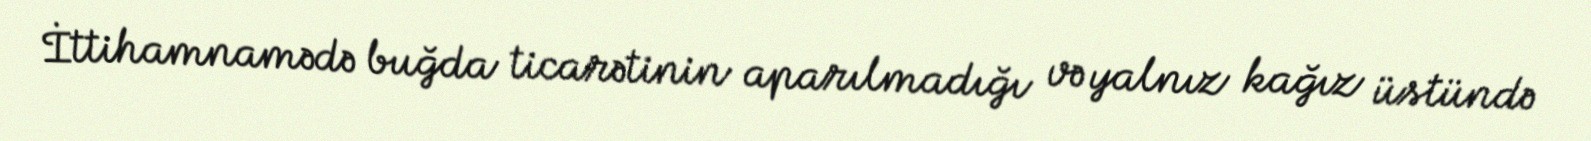
İttihamnamədə buğda ticarətinin aparılmadığı və yalnız kağız üstündə